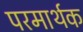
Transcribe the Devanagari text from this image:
परमार्थक